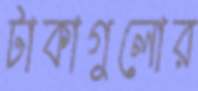
টাকাগুলোর